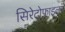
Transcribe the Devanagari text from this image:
सिरेटोफाइलम